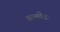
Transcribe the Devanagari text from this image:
सामवेदः